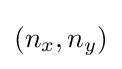
(n_{x},n_{y})